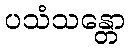
ပသံသန္တော